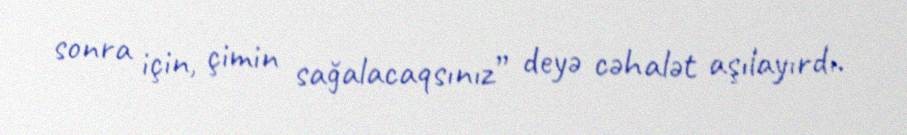
sonra için, çimin sağalacaqsınız” deyə cəhalət aşılayırdı.